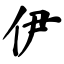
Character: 伊